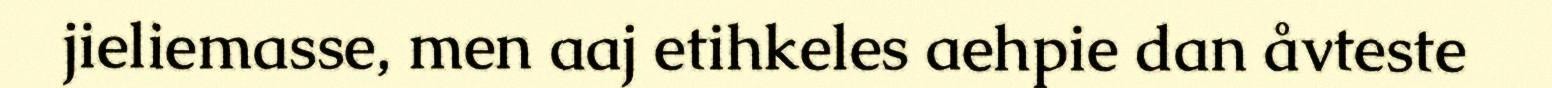
jieliemasse, men aaj etihkeles aehpie dan åvteste